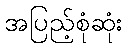
အပြည့်စုံဆုံး